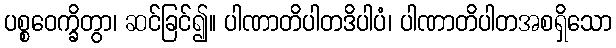
ပစ္စဝေက္ခိတွာ၊ ဆင်ခြင်၍။ ပါဏာတိပါတဒိပါပံ၊ ပါဏာတိပါတအစရှိသော